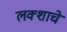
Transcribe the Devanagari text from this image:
लक्शाचे